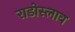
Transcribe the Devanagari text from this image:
राडोस्लाव